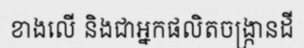
ខាងលើ និងជាអ្នកផលិតចង្ក្រានដី